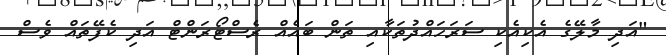
"އަދި މާލޭގެ އެކިއެކި ސަރަހައްދުތަކާއި ތަން ބައެއް ރެސްޓޯރަންޓް އަދި ކެފޭތައް ވެސް